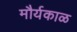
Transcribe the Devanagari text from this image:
मौर्यकाळ